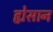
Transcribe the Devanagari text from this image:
ह्येसान